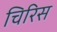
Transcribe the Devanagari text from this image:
चिरिस